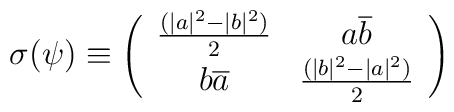
\sigma(\psi) \equiv \left( \begin{array}{cc} \frac{(|a|^{2}-|b|^{2})}{2} & a\overline{b}  \\                b\overline{a}& \frac{(|b|^{2}-|a|^{2})}{2}  \end{array}\right)